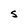
Character: S